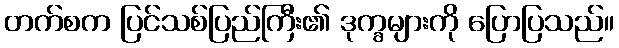
တက်စက ပြင်သစ်ပြည်ကြီး၏ ဒုက္ခများကို ပြောပြသည်။